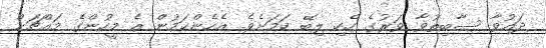
ދައުވާ ސާބިތުވާ ވަރުގެ ހެކި ލިބޭ ކަމަށެވެ. އެހެންކަމުން އެ މީހުންގެ މައްޗަށް